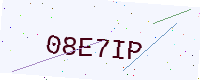
Text: 08E7IP